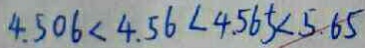
4 . 5 0 6 < 4 . 5 6 < 4 . 5 6 5 < 5 . 6 5